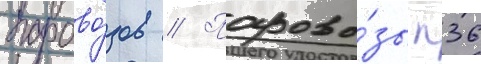
парово́зов // Парово́зы п36